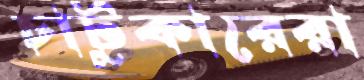
চাটুকারেরা